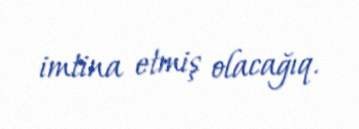
imtina etmiş olacağıq.